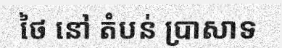
ថៃ នៅ តំបន់ ប្រាសាទ